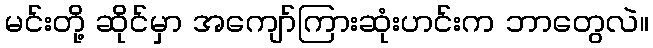
မင်းတို့ ဆိုင်မှာ အကျော်ကြားဆုံးဟင်းက ဘာတွေလဲ။